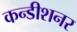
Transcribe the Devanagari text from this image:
कन्डीशनर